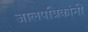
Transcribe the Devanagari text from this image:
जालपत्रिकांनी